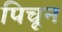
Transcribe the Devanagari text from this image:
पिचून